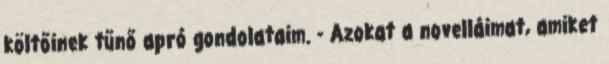
költőinek tűnő apró gondolataim. - Azokat a novelláimat, amiket